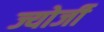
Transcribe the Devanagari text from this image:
ज्योर्जी